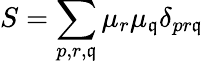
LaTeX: S=\sum_{p,r,\mathfrak{q}}\mu_{r}\mu_{\mathfrak{q}}\delta_{pr\mathfrak{q}}